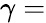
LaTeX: \gamma=